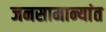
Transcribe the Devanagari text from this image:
जनसामान्यांत